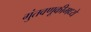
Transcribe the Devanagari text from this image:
गुंतवणूकीमध्ये